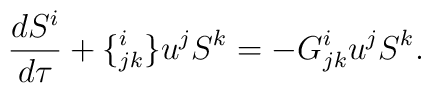
\frac{dS^i}{d\tau} + \{^i_{jk} \}u^j S^k = - G^i_{jk}u^j S^k.